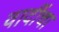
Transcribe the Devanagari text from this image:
वादींचा